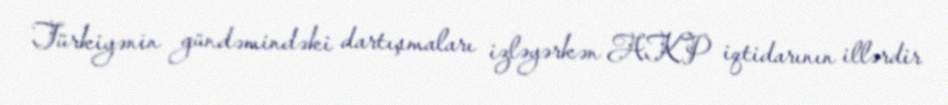
Türkiyənin gündəmindəki dartışmaları izləyərkən AKP iqtidarının illərdir